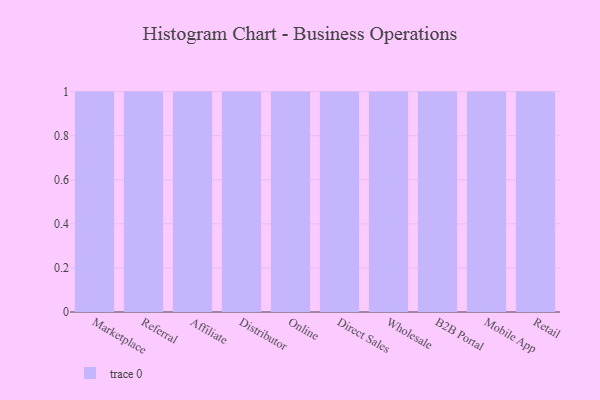
{"axis": {"x": "Channel", "y": "Budget (USD K)"}, "legend": [""], "data": [{"x": "Marketplace", "y": 66, "type": ""}, {"x": "Referral", "y": 93, "type": ""}, {"x": "Affiliate", "y": 12, "type": ""}, {"x": "Distributor", "y": 98, "type": ""}, {"x": "Online", "y": 34, "type": ""}, {"x": "Direct Sales", "y": 46, "type": ""}, {"x": "Wholesale", "y": 68, "type": ""}, {"x": "B2B Portal", "y": 15, "type": ""}, {"x": "Mobile App", "y": 1, "type": ""}, {"x": "Retail", "y": 82, "type": ""}]}